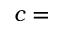
c =